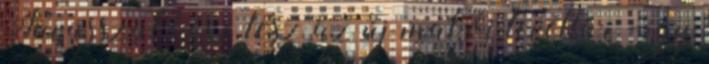
Tavasszal kész lesz az új makói levéltár - így